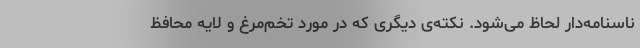
ناسنامه‌دار لحاظ می‌شود. نکته‌ی دیگری که در مورد تخم‌مرغ و لایه محافظ